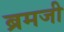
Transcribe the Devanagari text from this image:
ब्रमजी